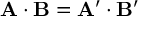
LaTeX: \mathbf { A } \cdot \mathbf { B } = \mathbf { A } ^ { \prime } \cdot \mathbf { B } ^ { \prime }